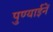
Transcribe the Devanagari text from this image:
पुण्याईनें